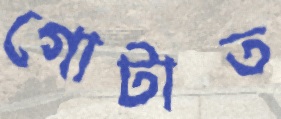
গোটাত